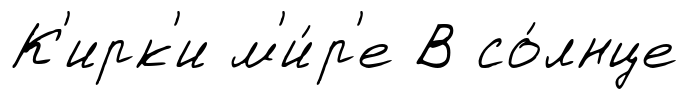
К'ирк'и м'и́р'е В со́лнце